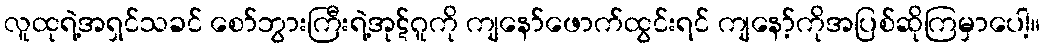
လူထုရဲ့အရှင်သခင် စော်ဘွားကြီးရဲ့အုဋ်ဂူကို ကျနော်ဖောက်ထွင်းရင် ကျနော့်ကိုအပြစ်ဆိုကြမှာပေါ့။